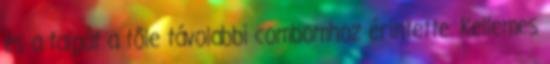
és a talpát a tőle távolabbi combomhoz érintette. Kellemes